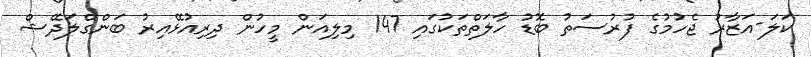
ކަލަ-އަޒާރު ޖެހުމުގެ ފުރުސަތު ބޮޑު ހާލަތްތަކުގައި 147 މިލިއަން މީހުން ދިރިއުޅޭއިރު ބަންގްލަދޭޝް